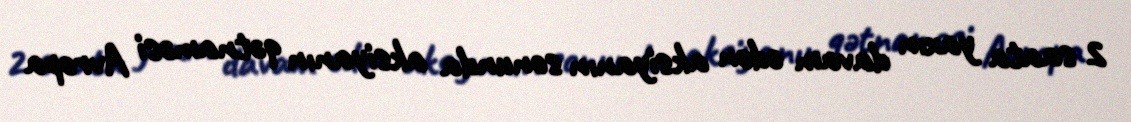
2 saata yaxın davam edən aksiyanın sonunda aksiyanın qətnaməsi Avropa